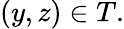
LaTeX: (y,z)\in T.